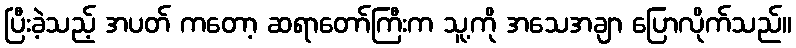
ပြီးခဲ့သည့် အပတ် ကတော့ ဆရာတော်ကြီးက သူ့ကို အသေအချာ ပြောလိုက်သည်။